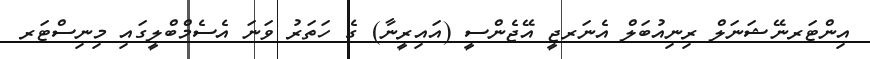
އިންޓަރނޭޝަނަލް ރިނިއުބަލް އެނަރޖީ އޭޖެންސީ (އައިރީނާ) ގެ ހަތަރު ވަނަ އެސެމްބްލީގައި މިނިސްޓަރ